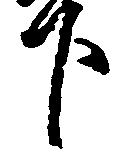
下